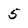
Character: 5